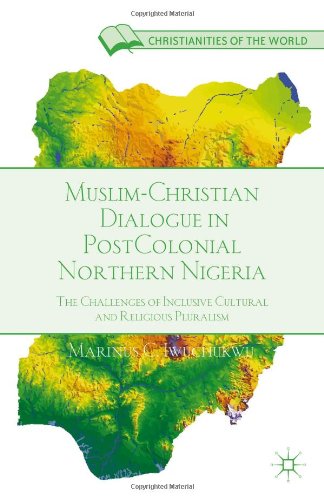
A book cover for Muslim-Christian Dialogue in Post-Colonial Northern Nigeria: The Challenges of Inclusive Cultural and Religious Pluralism (Christianities of the World); Marinus C. Iwuchukwu; History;